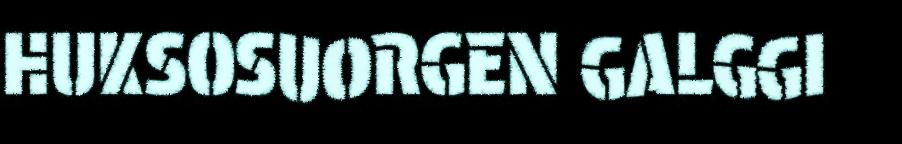
HUKSOSUORGEN GALGGI